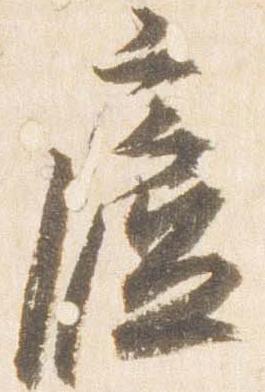
廬